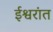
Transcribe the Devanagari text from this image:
ईश्वरांत